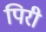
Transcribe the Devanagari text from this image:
पिरी